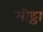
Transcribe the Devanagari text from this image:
मीट्ठा